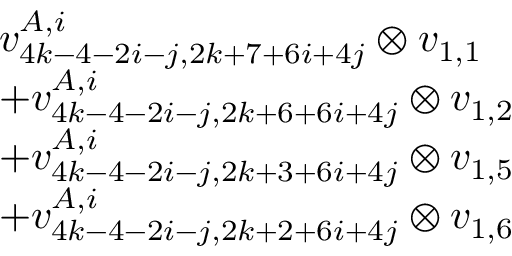
\begin{array} { r l } & { v _ { 4 k - 4 - 2 i - j , 2 k + 7 + 6 i + 4 j } ^ { A , i } \otimes v _ { 1 , 1 } } \\ & { + v _ { 4 k - 4 - 2 i - j , 2 k + 6 + 6 i + 4 j } ^ { A , i } \otimes v _ { 1 , 2 } } \\ & { + v _ { 4 k - 4 - 2 i - j , 2 k + 3 + 6 i + 4 j } ^ { A , i } \otimes v _ { 1 , 5 } } \\ & { + v _ { 4 k - 4 - 2 i - j , 2 k + 2 + 6 i + 4 j } ^ { A , i } \otimes v _ { 1 , 6 } } \end{array}